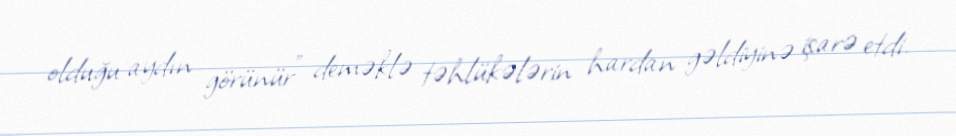
olduğu aydın görünür” deməklə təhlükələrin hardan gəldiyinə işarə etdi.